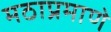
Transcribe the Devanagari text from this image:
मठाप्रमाणे